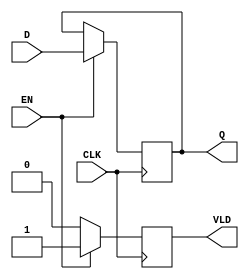
module PipelineBuffer (
    input wire [N-1:0] D,    // Data input
    input wire CLK,           // Clock signal
    input wire EN,            // Enable signal
    output reg [N-1:0] Q,     // Data output
    output reg VLD            // Valid signal
);
    parameter N = 8;          // Width of the data bus (can be adjusted)

    always @(posedge CLK) begin
        if (EN) begin
            Q <= D;           // Latch the input data when enabled
            VLD <= 1'b1;      // Assert valid signal when new data is latched
        end else begin
            VLD <= 1'b0;      // Deassert valid signal when not enabled
        end
    end

endmodule